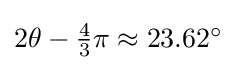
{\textstyle 2\theta -{\frac {4}{3}}\pi \approx 23.62^{\circ }}